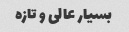
بسیار عالى و تازه